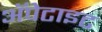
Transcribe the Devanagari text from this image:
अॅपेटाइट